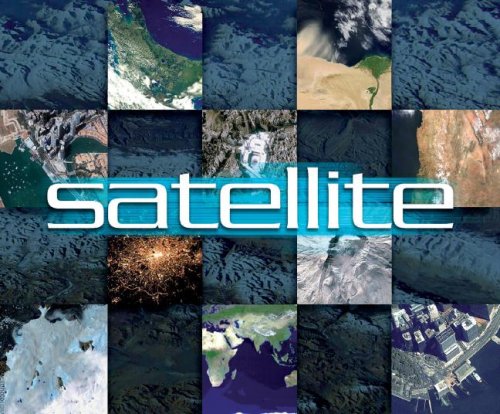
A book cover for Map: Satellite; DK Publishing; Arts & Photography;